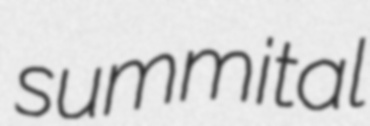
summital